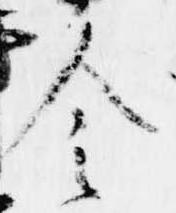
令